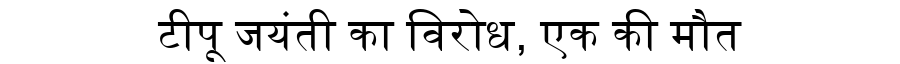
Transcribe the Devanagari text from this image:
टीपू जयंती का विरोध, एक की मौत